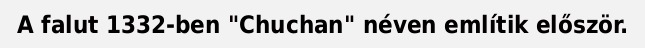
A falut 1332-ben "Chuchan" néven említik először.